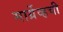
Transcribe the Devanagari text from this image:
मार्ग्रेव्हची